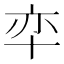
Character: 𱑎